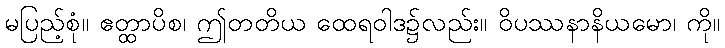
မပြည့်စုံ။ ဧတ္ထာပိစ၊ ဤတတိယ ထေရဝါဒ၌လည်း။ ဝိပဿနာနိယမော၊ ကို။